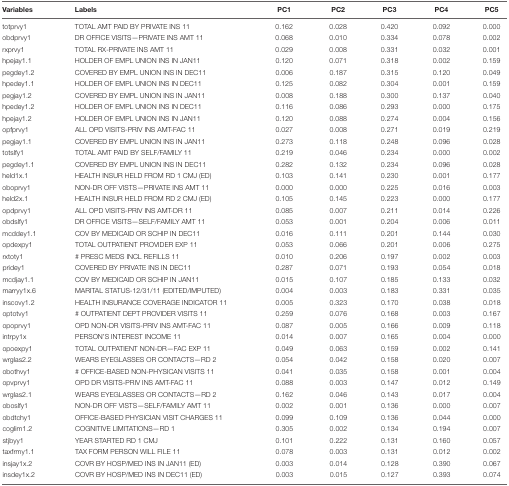
<table><thead><tr><td><b>Variables</b></td><td><b>Labels</b></td><td><b>PC1</b></td><td><b>PC2</b></td><td><b>PC3</b></td><td><b>PC4</b></td><td><b>PC5</b></td></tr></thead><tbody><tr><td>totprvy1</td><td>TOTAL AMT PAID BY PRIVATE INS 11</td><td>0.162</td><td>0.028</td><td>0.420</td><td>0.092</td><td>0.000</td></tr><tr><td>obdprvy1</td><td>DR OFFICE VISITS—PRIVATE INS AMT 11</td><td>0.068</td><td>0.010</td><td>0.334</td><td>0.078</td><td>0.002</td></tr><tr><td>rxprvy1</td><td>TOTAL RX-PRIVATE INS AMT 11</td><td>0.029</td><td>0.008</td><td>0.331</td><td>0.032</td><td>0.001</td></tr><tr><td>hpejay1.1</td><td>HOLDER OF EMPL UNION INS IN JAN11</td><td>0.120</td><td>0.071</td><td>0.318</td><td>0.002</td><td>0.159</td></tr><tr><td>pegdey1.2</td><td>COVERED BY EMPL UNION INS IN DEC11</td><td>0.006</td><td>0.187</td><td>0.315</td><td>0.120</td><td>0.049</td></tr><tr><td>hpedey1.1</td><td>HOLDER OF EMPL UNION INS IN DEC11</td><td>0.125</td><td>0.082</td><td>0.304</td><td>0.001</td><td>0.159</td></tr><tr><td>pegjay1.2</td><td>COVERED BY EMPL UNION INS IN JAN11</td><td>0.008</td><td>0.188</td><td>0.300</td><td>0.137</td><td>0.040</td></tr><tr><td>hpedey1.2</td><td>HOLDER OF EMPL UNION INS IN DEC11</td><td>0.116</td><td>0.086</td><td>0.293</td><td>0.000</td><td>0.175</td></tr><tr><td>hpejay1.2</td><td>HOLDER OF EMPL UNION INS IN JAN11</td><td>0.120</td><td>0.088</td><td>0.274</td><td>0.004</td><td>0.156</td></tr><tr><td>opfprvy1</td><td>ALL OPD VISITS-PRIV INS AMT-FAC 11</td><td>0.027</td><td>0.008</td><td>0.271</td><td>0.019</td><td>0.219</td></tr><tr><td>pegjay1.1</td><td>COVERED BY EMPL UNION INS IN JAN11</td><td>0.273</td><td>0.118</td><td>0.248</td><td>0.096</td><td>0.028</td></tr><tr><td>totslfy1</td><td>TOTAL AMT PAID BY SELF/FAMILY 11</td><td>0.219</td><td>0.046</td><td>0.234</td><td>0.000</td><td>0.002</td></tr><tr><td>pegdey1.1</td><td>COVERED BY EMPL UNION INS IN DEC11</td><td>0.282</td><td>0.132</td><td>0.234</td><td>0.096</td><td>0.028</td></tr><tr><td>held1x.1</td><td>HEALTH INSUR HELD FROM RD 1 CMJ (ED)</td><td>0.103</td><td>0.141</td><td>0.230</td><td>0.001</td><td>0.177</td></tr><tr><td>oboprvy1</td><td>NON-DR OFF VISTS—PRIVATE INS AMT 11</td><td>0.000</td><td>0.000</td><td>0.225</td><td>0.016</td><td>0.003</td></tr><tr><td>held2x.1</td><td>HEALTH INSUR HELD FROM RD 2 CMJ (ED)</td><td>0.105</td><td>0.145</td><td>0.223</td><td>0.000</td><td>0.177</td></tr><tr><td>opdprvy1</td><td>ALL OPD VISITS-PRIV INS AMT-DR 11</td><td>0.085</td><td>0.007</td><td>0.211</td><td>0.014</td><td>0.226</td></tr><tr><td>obdslfy1</td><td>DR OFFICE VISITS—SELF/FAMILY AMT 11</td><td>0.053</td><td>0.001</td><td>0.204</td><td>0.006</td><td>0.011</td></tr><tr><td>mcddey1.1</td><td>COV BY MEDICAID OR SCHIP IN DEC11</td><td>0.016</td><td>0.111</td><td>0.201</td><td>0.144</td><td>0.030</td></tr><tr><td>opdexpy1</td><td>TOTAL OUTPATIENT PROVIDER EXP 11</td><td>0.053</td><td>0.066</td><td>0.201</td><td>0.006</td><td>0.275</td></tr><tr><td>rxtoty1</td><td># PRESC MEDS INCL REFILLS 11</td><td>0.010</td><td>0.206</td><td>0.197</td><td>0.002</td><td>0.003</td></tr><tr><td>pridey1</td><td>COVERED BY PRIVATE INS IN DEC11</td><td>0.287</td><td>0.071</td><td>0.193</td><td>0.054</td><td>0.018</td></tr><tr><td>mcdjay1.1</td><td>COV BY MEDICAID OR SCHIP IN JAN11</td><td>0.015</td><td>0.107</td><td>0.185</td><td>0.133</td><td>0.032</td></tr><tr><td>marryy1x.6</td><td>MARITAL STATUS-12/31/11 (EDITED/IMPUTED)</td><td>0.004</td><td>0.003</td><td>0.183</td><td>0.331</td><td>0.035</td></tr><tr><td>inscovy1.2</td><td>HEALTH INSURANCE COVERAGE INDICATOR 11</td><td>0.005</td><td>0.323</td><td>0.170</td><td>0.038</td><td>0.018</td></tr><tr><td>optotvy1</td><td># OUTPATIENT DEPT PROVIDER VISITS 11</td><td>0.259</td><td>0.076</td><td>0.168</td><td>0.003</td><td>0.167</td></tr><tr><td>opoprvy1</td><td>OPD NON-DR VISITS-PRIV INS AMT-FAC 11</td><td>0.087</td><td>0.005</td><td>0.166</td><td>0.009</td><td>0.118</td></tr><tr><td>intrpy1x</td><td>PERSON’S INTEREST INCOME 11</td><td>0.014</td><td>0.007</td><td>0.165</td><td>0.004</td><td>0.000</td></tr><tr><td>opoexpy1</td><td>TOTAL OUTPATIENT NON-DR—FAC EXP 11</td><td>0.049</td><td>0.063</td><td>0.159</td><td>0.002</td><td>0.141</td></tr><tr><td>wrglas2.2</td><td>WEARS EYEGLASSES OR CONTACTS—RD 2</td><td>0.054</td><td>0.042</td><td>0.158</td><td>0.020</td><td>0.007</td></tr><tr><td>obothvy1</td><td># OFFICE-BASED NON-PHYSICAN VISITS 11</td><td>0.041</td><td>0.035</td><td>0.158</td><td>0.001</td><td>0.004</td></tr><tr><td>opvprvy1</td><td>OPD DR VISITS-PRIV INS AMT-FAC 11</td><td>0.088</td><td>0.003</td><td>0.147</td><td>0.012</td><td>0.149</td></tr><tr><td>wrglas2.1</td><td>WEARS EYEGLASSES OR CONTACTS—RD 2</td><td>0.162</td><td>0.046</td><td>0.143</td><td>0.017</td><td>0.004</td></tr><tr><td>oboslfy1</td><td>NON-DR OFF VISTS—SELF/FAMILY AMT 11</td><td>0.002</td><td>0.001</td><td>0.136</td><td>0.000</td><td>0.007</td></tr><tr><td>obdtchy1</td><td>OFFICE-BASED PHYSICIAN VISIT CHARGES 11</td><td>0.099</td><td>0.109</td><td>0.136</td><td>0.044</td><td>0.000</td></tr><tr><td>coglim1.2</td><td>COGNITIVE LIMITATIONS—RD 1</td><td>0.305</td><td>0.002</td><td>0.134</td><td>0.194</td><td>0.007</td></tr><tr><td>stjbyy1</td><td>YEAR STARTED RD 1 CMJ</td><td>0.101</td><td>0.222</td><td>0.131</td><td>0.160</td><td>0.057</td></tr><tr><td>taxfrmy1.1</td><td>TAX FORM PERSON WILL FILE 11</td><td>0.078</td><td>0.003</td><td>0.131</td><td>0.012</td><td>0.002</td></tr><tr><td>insjay1x.2</td><td>COVR BY HOSP/MED INS IN JAN11 (ED)</td><td>0.003</td><td>0.014</td><td>0.128</td><td>0.390</td><td>0.067</td></tr><tr><td>insdey1x.2</td><td>COVR BY HOSP/MED INS IN DEC11 (ED)</td><td>0.003</td><td>0.015</td><td>0.127</td><td>0.393</td><td>0.074</td></tr></tbody></table>